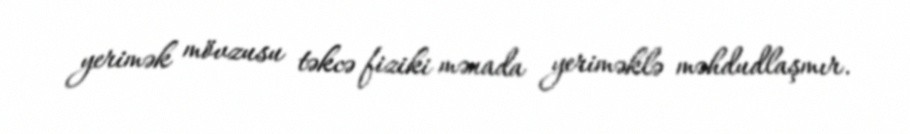
yerimək mövzusu təkcə fiziki mənada yeriməklə məhdudlaşmır.